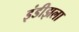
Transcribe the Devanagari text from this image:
इंडीझला